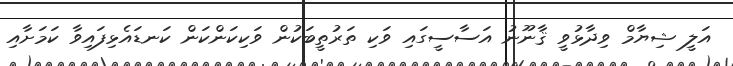
އަލީ ޝިޔާމް ވިދާޅުވީ ޤާނޫނު އަސާސީގައި ވަކި ތަރުތީބަކުން ވަކިކަންކަން ކަނޑައެޅިފައިވާ ކަމަށާއި